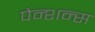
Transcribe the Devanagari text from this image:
पेन्शन्स